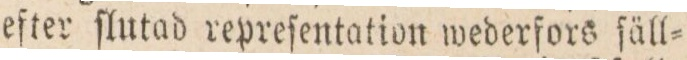
efter ſlutad repreſentation wederfors ſäll=